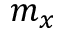
m _ { x }